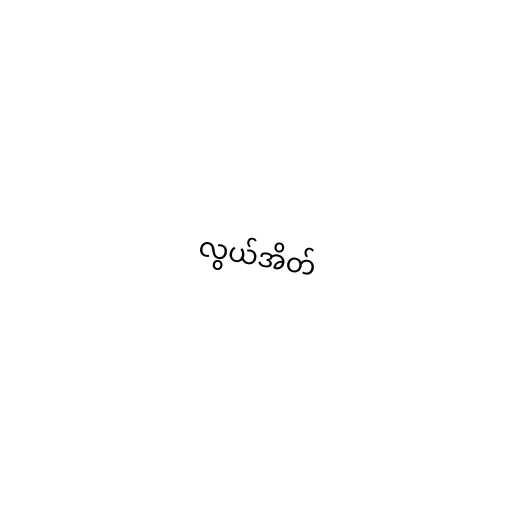
လွယ်အိတ်